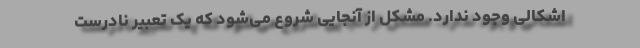
اشکالی وجود ندارد. مشکل از آنجایی شروع می‌شود که یک تعبیرِ نادرست